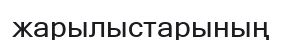
жарылыстарының